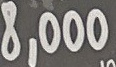
8.000